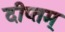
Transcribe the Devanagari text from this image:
दीप्तम्